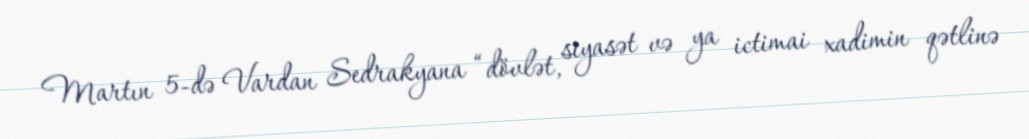
Martın 5-də Vardan Sedrakyana “dövlət, siyasət və ya ictimai xadimin qətlinə